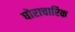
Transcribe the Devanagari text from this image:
घोराचारिक